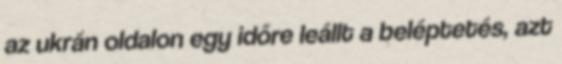
az ukrán oldalon egy időre leállt a beléptetés, azt